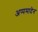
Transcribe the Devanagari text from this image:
अप्पमादेन